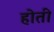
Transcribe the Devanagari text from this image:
होती